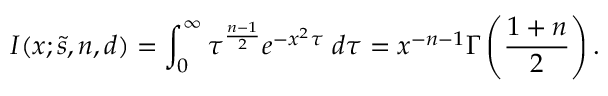
I ( x ; { \widetilde s } , n , d ) = \int _ { 0 } ^ { \infty } \tau ^ { { \frac { n - 1 } { 2 } } } e ^ { - x ^ { 2 } \tau } \; d \tau = x ^ { - n - 1 } \Gamma \left( { \frac { 1 + n } { 2 } } \right) .